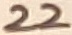
Text: 22